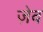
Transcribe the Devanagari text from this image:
ज़ेव